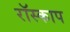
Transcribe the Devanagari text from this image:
रॉस्काप